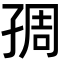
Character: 𡥱